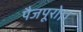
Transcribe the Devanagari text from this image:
पैजपूरो।।